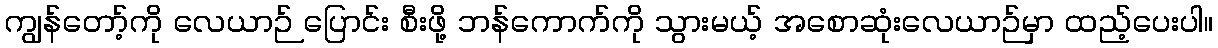
ကျွန်တော့်ကို လေယာဉ် ပြောင်း စီးဖို့ ဘန်ကောက်ကို သွားမယ့် အစောဆုံးလေယာဉ်မှာ ထည့်ပေးပါ။